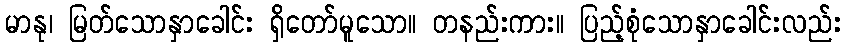
မာနု၊ မြတ်သောနှာခေါင်း ရှိတော်မူသော။ တနည်းကား။ ပြည့်စုံသောနှာခေါင်းလည်း